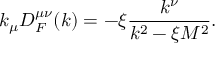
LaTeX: k _ { \mu } { \cal D } _ { F } ^ { \mu \nu } ( k ) = - \xi \frac { k ^ { \nu } } { k ^ { 2 } - \xi M ^ { 2 } } .